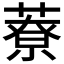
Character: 𦼔